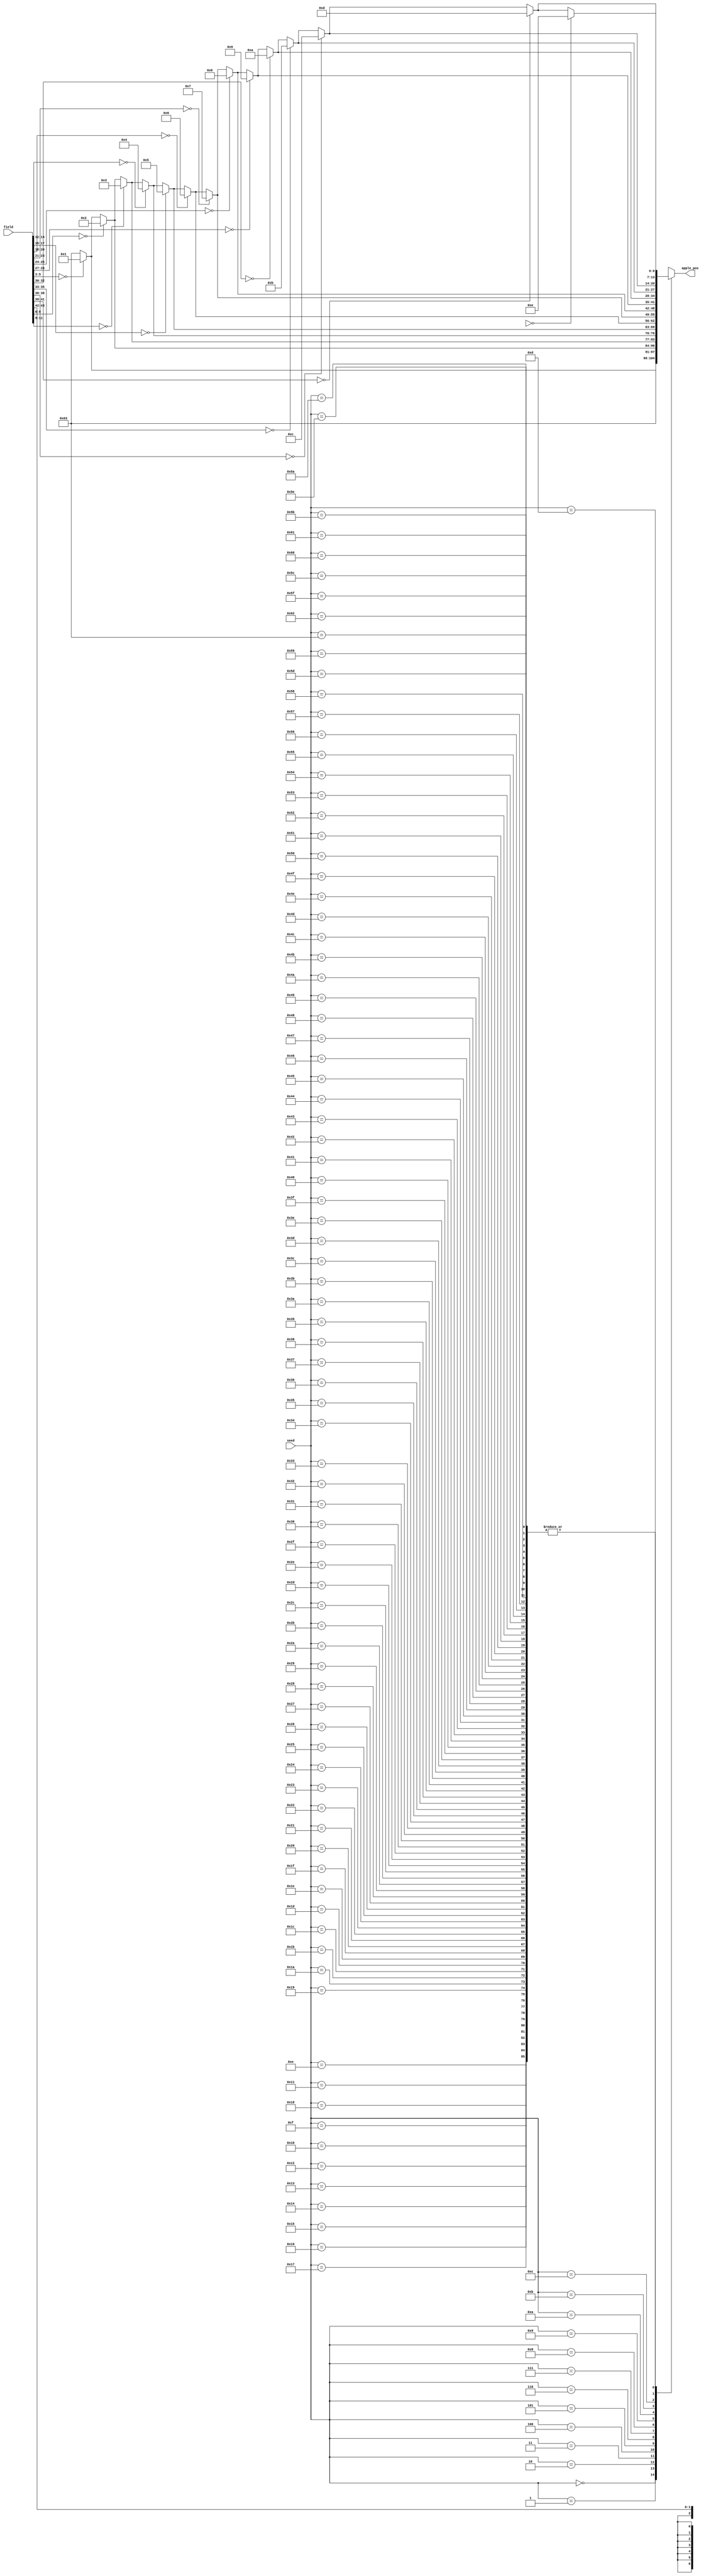
module possible_apple
#(
    parameter    SIZE_X = 8'd10,
    parameter    SIZE_Y = 8'd10,
    parameter    FIELD_SIZE = (SIZE_X * SIZE_Y) * 2'd3,
    parameter    SBITS = $clog2(SIZE_X * SIZE_Y)
)
(
    input   wire    [SBITS-1:0] 		seed,
    input   wire 	[FIELD_SIZE-1:0]    field,

    output  wire    [SBITS-1:0] apple_pos
);

wire [SBITS-1:0] sets_seed [SIZE_X * SIZE_Y - 1:0];
assign sets_seed[0] = SIZE_X * SIZE_Y - 1;

genvar Gi;
generate for (Gi = 1; Gi < SIZE_X * SIZE_Y; Gi = Gi + 1)
begin: loop1
    assign sets_seed[Gi] = (field[(Gi + 1) * 3 - 1:Gi * 3] == 3'd0) ? Gi : sets_seed[Gi - 1];
end
endgenerate

assign apple_pos = sets_seed[seed];

endmodule